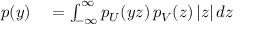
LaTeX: \begin{array} { r l r l } { p ( y ) } & { { } = \int _ { - \infty } ^ { \infty } p _ { U } ( y z ) \, p _ { V } ( z ) \, | z | \, d z } \end{array}